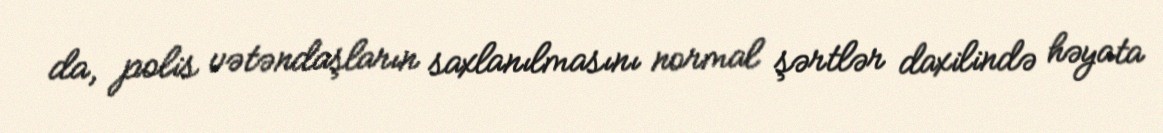
da, polis vətəndaşların saxlanılmasını normal şərtlər daxilində həyata